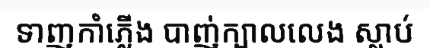
ទាញកាំភ្លើង បាញ់ក្បាលលេង ស្លាប់